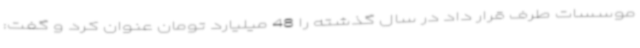
موسسات طرف قرار داد در سال گذشته را 48 میلیارد تومان عنوان کرد و گفت: